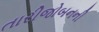
તારીજોબનની